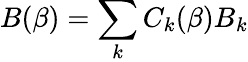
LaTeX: B(\beta)=\sum_{k}C_{k}(\beta)B_{k}